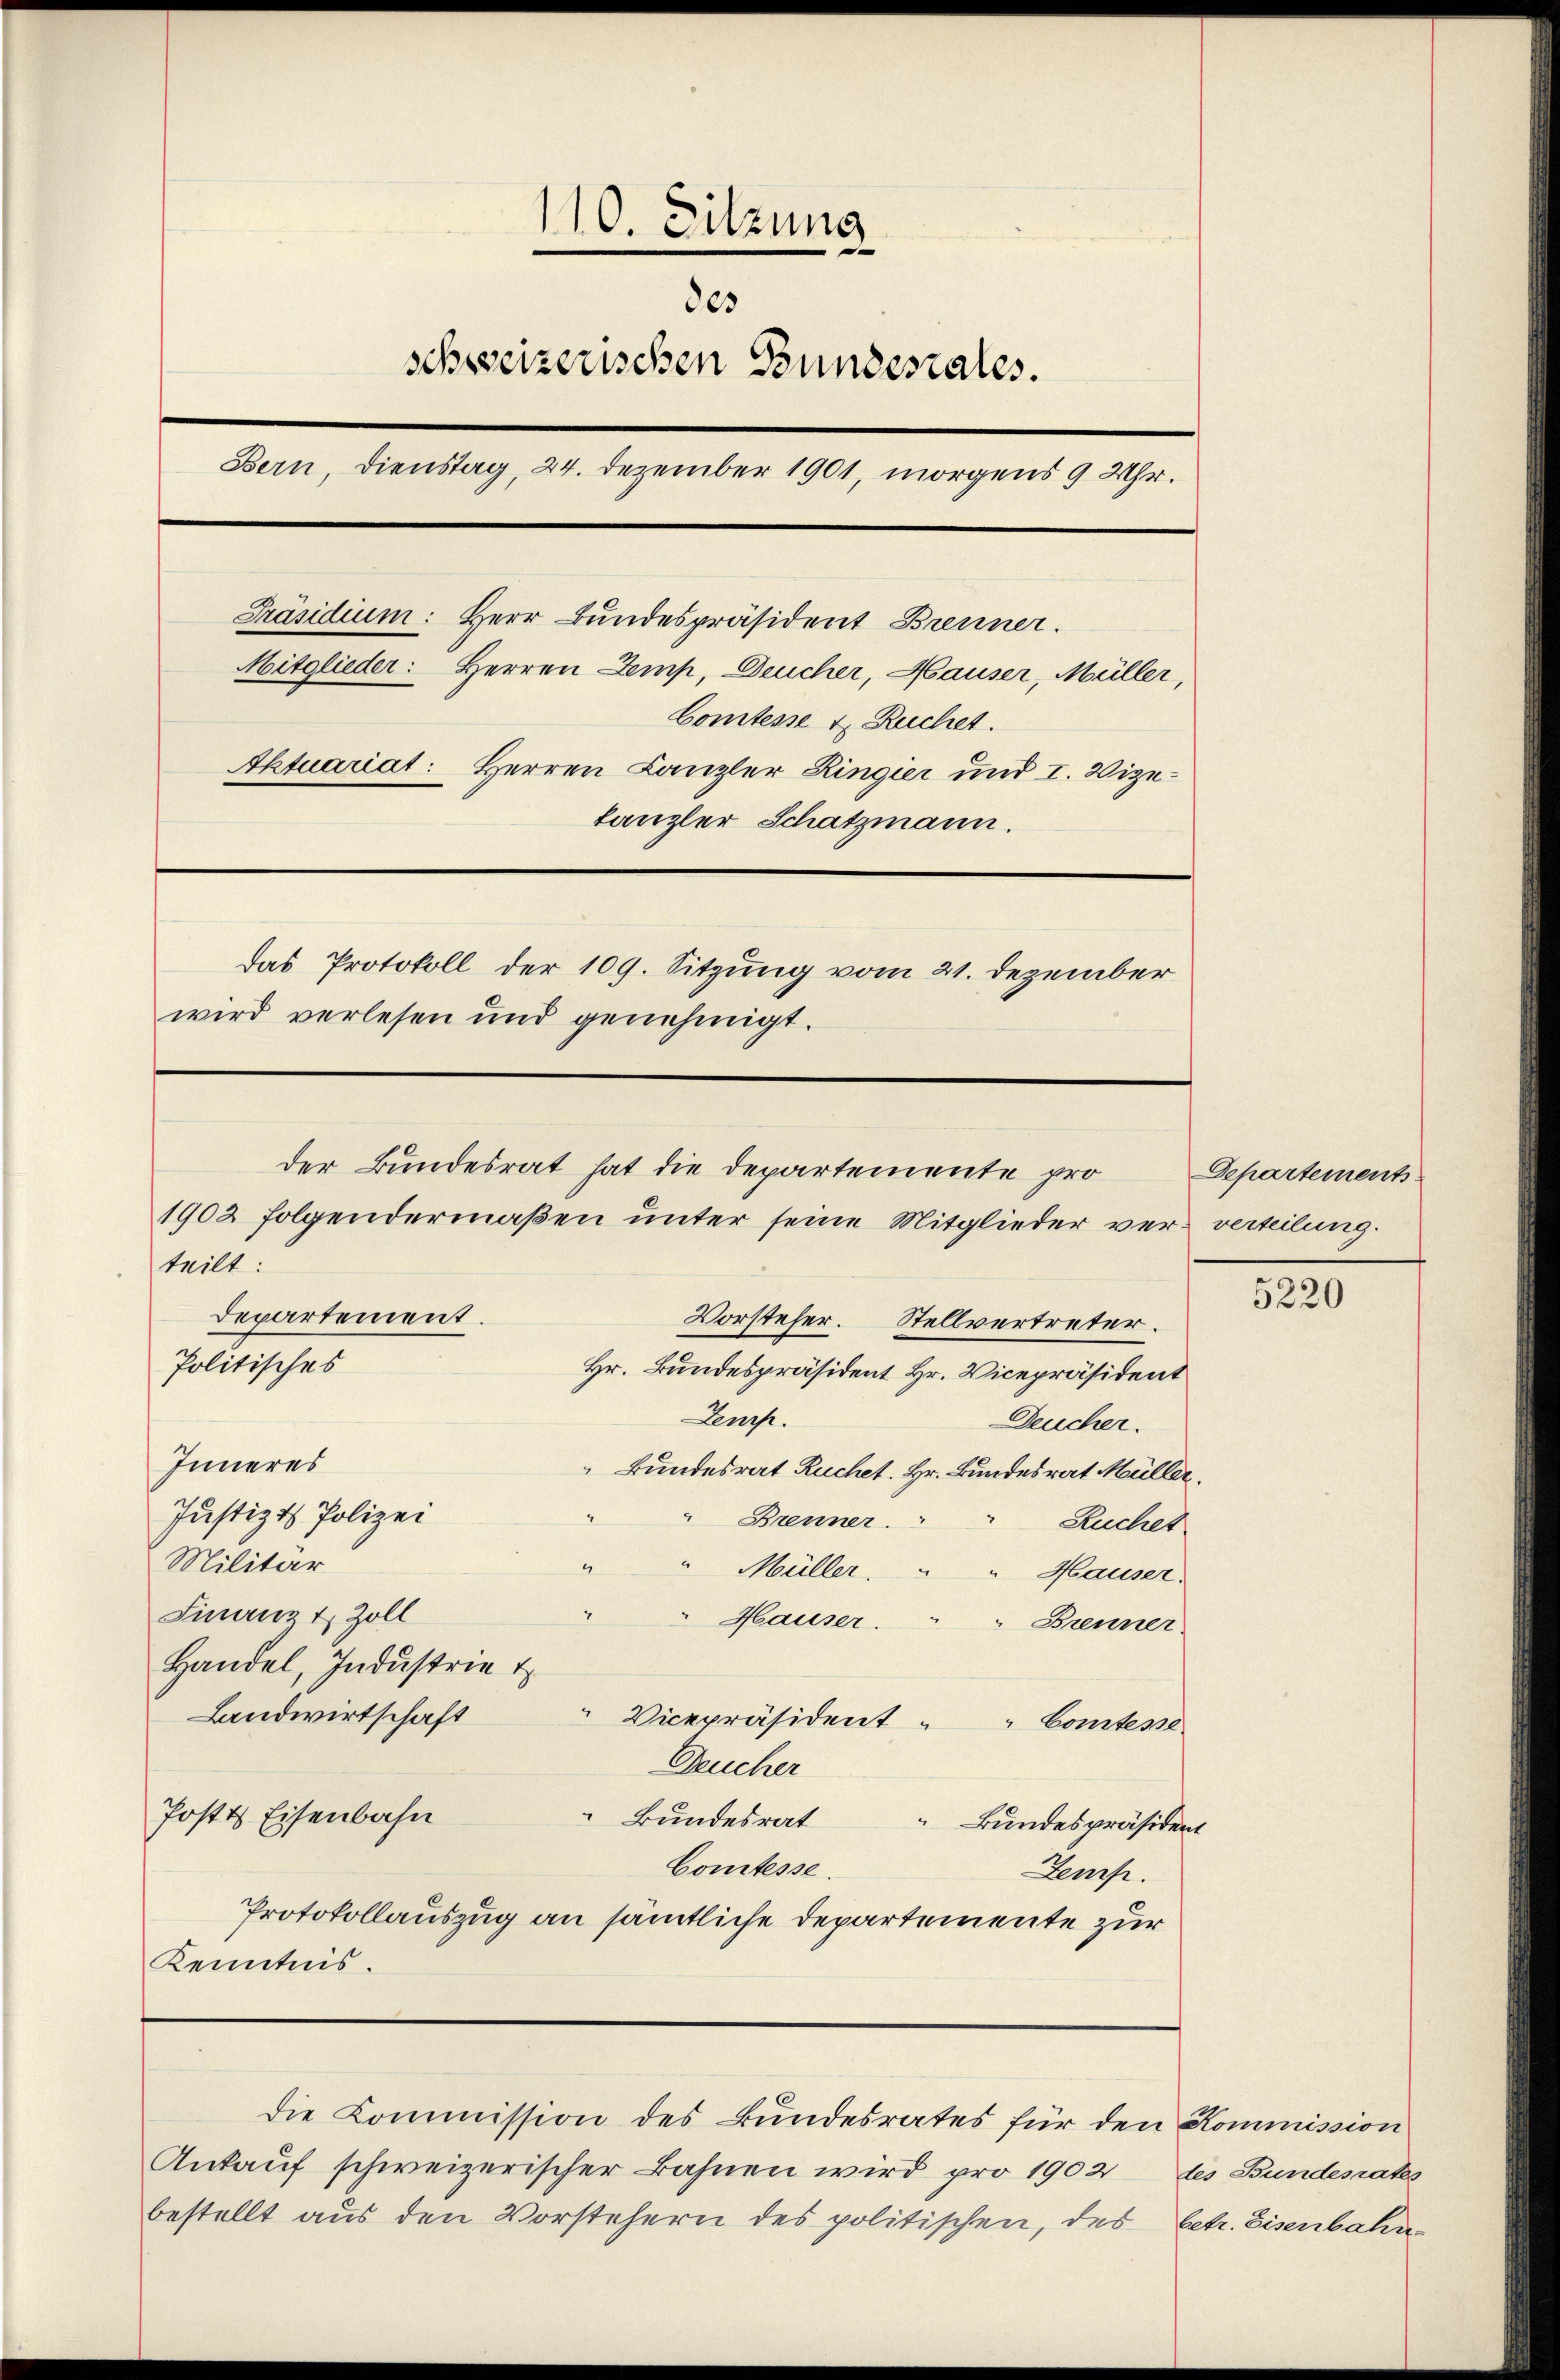
110. Sitzung
des
schweizerischen Bundesrates.
Bern, Dienstag, 24. Dezember 1901, morgens 9 Uhr.
Präsidium: Herr Bundespräsident Brenner.
Mitglieder: Herren Zemp, Deucher, Hauser, Müller,
Comtesse u. Ruchet.
Aktuariat: Herren Canzler Ringier und I. Vizetanzler Schatzmann.
Das Protokoll der 109. Sitzung vom 21. Dezember
wird verlesen und genehmigt.

teilt:
Politisches
Hr. Bundespräsident Hr. Vicepräsident
Lenze.
Deucher.
Inneres
Bundesrat Ruchet. Hr. Bundesrat Müller.
Justiz & Polizei
" Brenner.   Ruchet
Militär
Müller.
Hauser.
Finanz & Zoll
Hauser.
" Brenner
Handel, Industrie
Landwirtschaft
" Vicepräsident " " Comtesse
Deucher
Poste Eisenbahn
Bundesrat Bundespräsident
Comtesse.
Zemp.
Protokollauszug an sämtliche Departemente zur
Kenntnis.

der Bundesrat hat die Departemente pro¬
1902 folgendermaßen unter seine Mitglieder ver-verteilung.
Departement.
Vorsteher. Stellvertreter.

Ankauf schweizerischer Bahnen wird pro 1902
bestellt aus den Vorstehern des politischen, des

die Commission des Bundesrates für den Kommission

Departements

5220

tes Bundesrates
betr. Eisenbahn